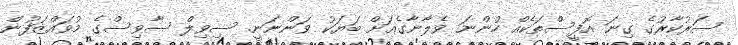
ސަރުކާރުގެ ގިނަ އޮފީސްތަކެއް ހުންނަ ވެލާނާގެއަށް ބަޔަކު ވަންނަނީ. ސިވިލް ސާވިސްގެ މުވައްޒަފުން